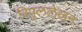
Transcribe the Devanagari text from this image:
विपुललेखन